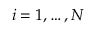
i = 1 , \dots , N